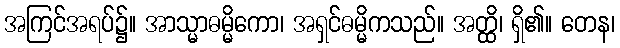
အကြင်အရပ်၌။ အာသ္မာဓမ္မိကော၊ အရှင်ဓမ္မိကသည်။ အတ္ထိ၊ ရှိ၏။ တေန၊